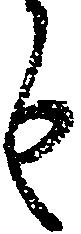
も